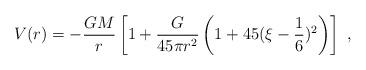
LaTeX: \begin{align*}V(r) = -\frac {GM}{r}\left[ 1+\frac{G}{45 \pi r^2}\left (1 + 45 (\xi -\frac{1}{6})^2\right )\right ]\,\, ,\end{align*}